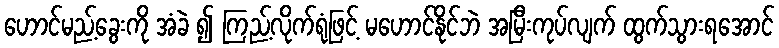
ဟောင်မည့်ခွေးကို အံခဲ ၍ ကြည့်လိုက်ရုံဖြင့် မဟောင်နိုင်ဘဲ အမြီးကုပ်လျက် ထွက်သွားရအောင်